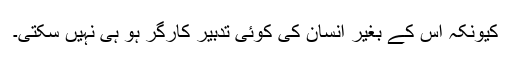
کیونکہ اس کے بغیر انسان کی کوئی تدبیر کارگر ہو ہی نہیں سکتی۔